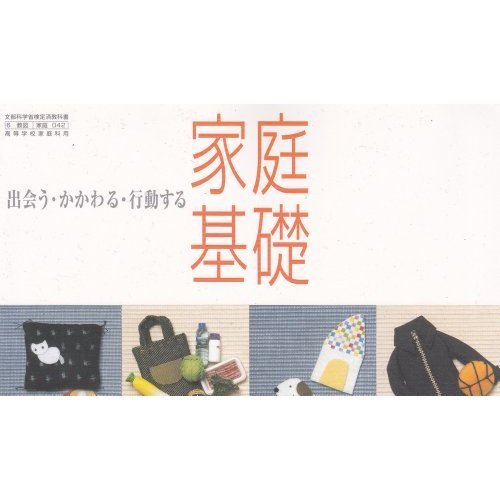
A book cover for And action to get involved, meet - family - basic Education, Culture, Sports, Science and certified over textbook for high school home economics for (home base) (1905) ISBN: 4877301879 [Japanese Import]; Sports & Outdoors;